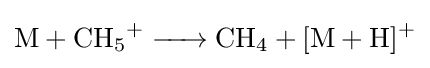
{\ce {M + CH5+ -> CH4 + [M + H]+}}